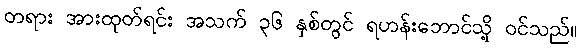
တရား အားထုတ်ရင်း အသက် ၃၆ နှစ်တွင် ရဟန်းဘောင်သို့ ဝင်သည်။